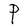
Character: P